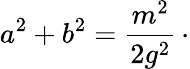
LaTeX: a^{2}+b^{2}={\frac{m^{2}}{2g^{2}}}\, \cdotp